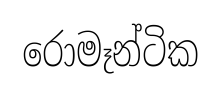
රොමෑන්ටික